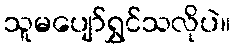
သူမပျော်ရွှင်သလိုပဲ။